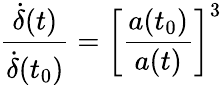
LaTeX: \frac{\dot{\delta}(t)}{\dot{\delta}(t_{0})}=\bigg[\frac{a(t_{0})}{a(t)}\bigg]^{3}